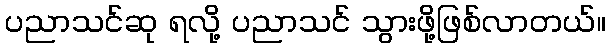
ပညာသင်ဆု ရလို့ ပညာသင် သွားဖို့ဖြစ်လာတယ်။